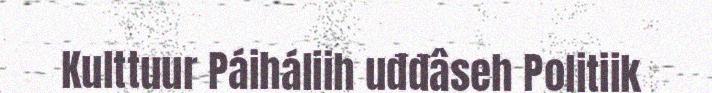
Kulttuur Páiháliih uđđâseh Politiik